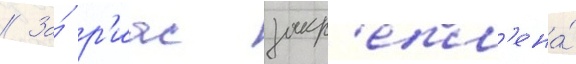
// За́ р'иас закр'епл'ена́